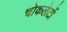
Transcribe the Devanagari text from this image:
चोकलेटों